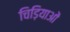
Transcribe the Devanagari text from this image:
चिड़ियाओं